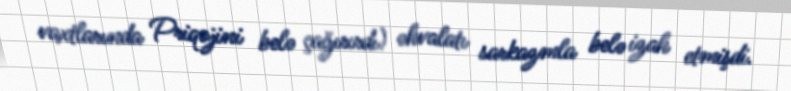
vaxtlarında Priqojini belə çağırırdı) əhvalatı sarkazmla belə izah etmişdi.